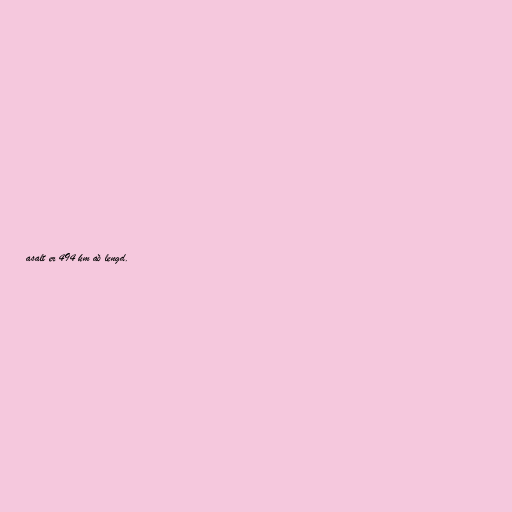
asalt er 494 km að lengd.